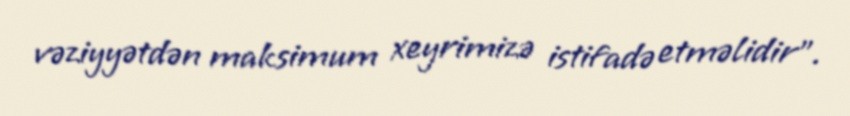
vəziyyətdən maksimum xeyrimizə istifadə etməlidir”.